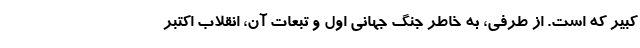
کبیر که است. از طرفی، به خاطر جنگ جهانی اول و تبعات آن، انقلاب اکتبر